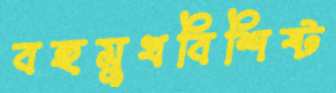
বহুমুখবিশিষ্ট